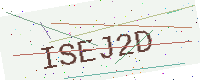
Text: ISEJ2D